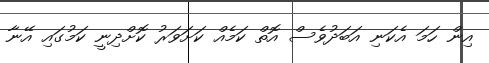
އިން ހަމަ އެކަނި އަބަދުވެސް އޮތް ކަމެއް ކަށަވަރު ކޮށްދިނީ ކަމުގައި އޭނާ